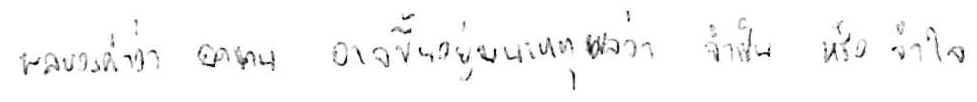
ผลของคำว่า อดทน อาจขึ้นอยู่บนเหตุผลว่า จำเป็น หรือ จำใจ